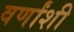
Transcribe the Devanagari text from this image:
वर्णांशी